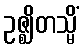
ဥဇ္ဈိတသ္မိံ